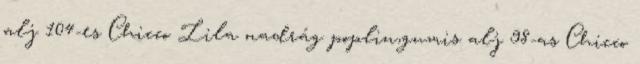
alj 104-es Chicco Lila nadrág poplin,gumis alj 98-as Chicco